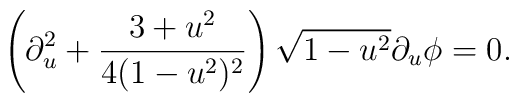
\left(\partial_u^2 +{3+u^2\over4(1-u^2)^2}\right)\sqrt{1-u^2}\partial_u\phi=0.